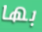
بها